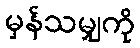
မှန်သမျှကို